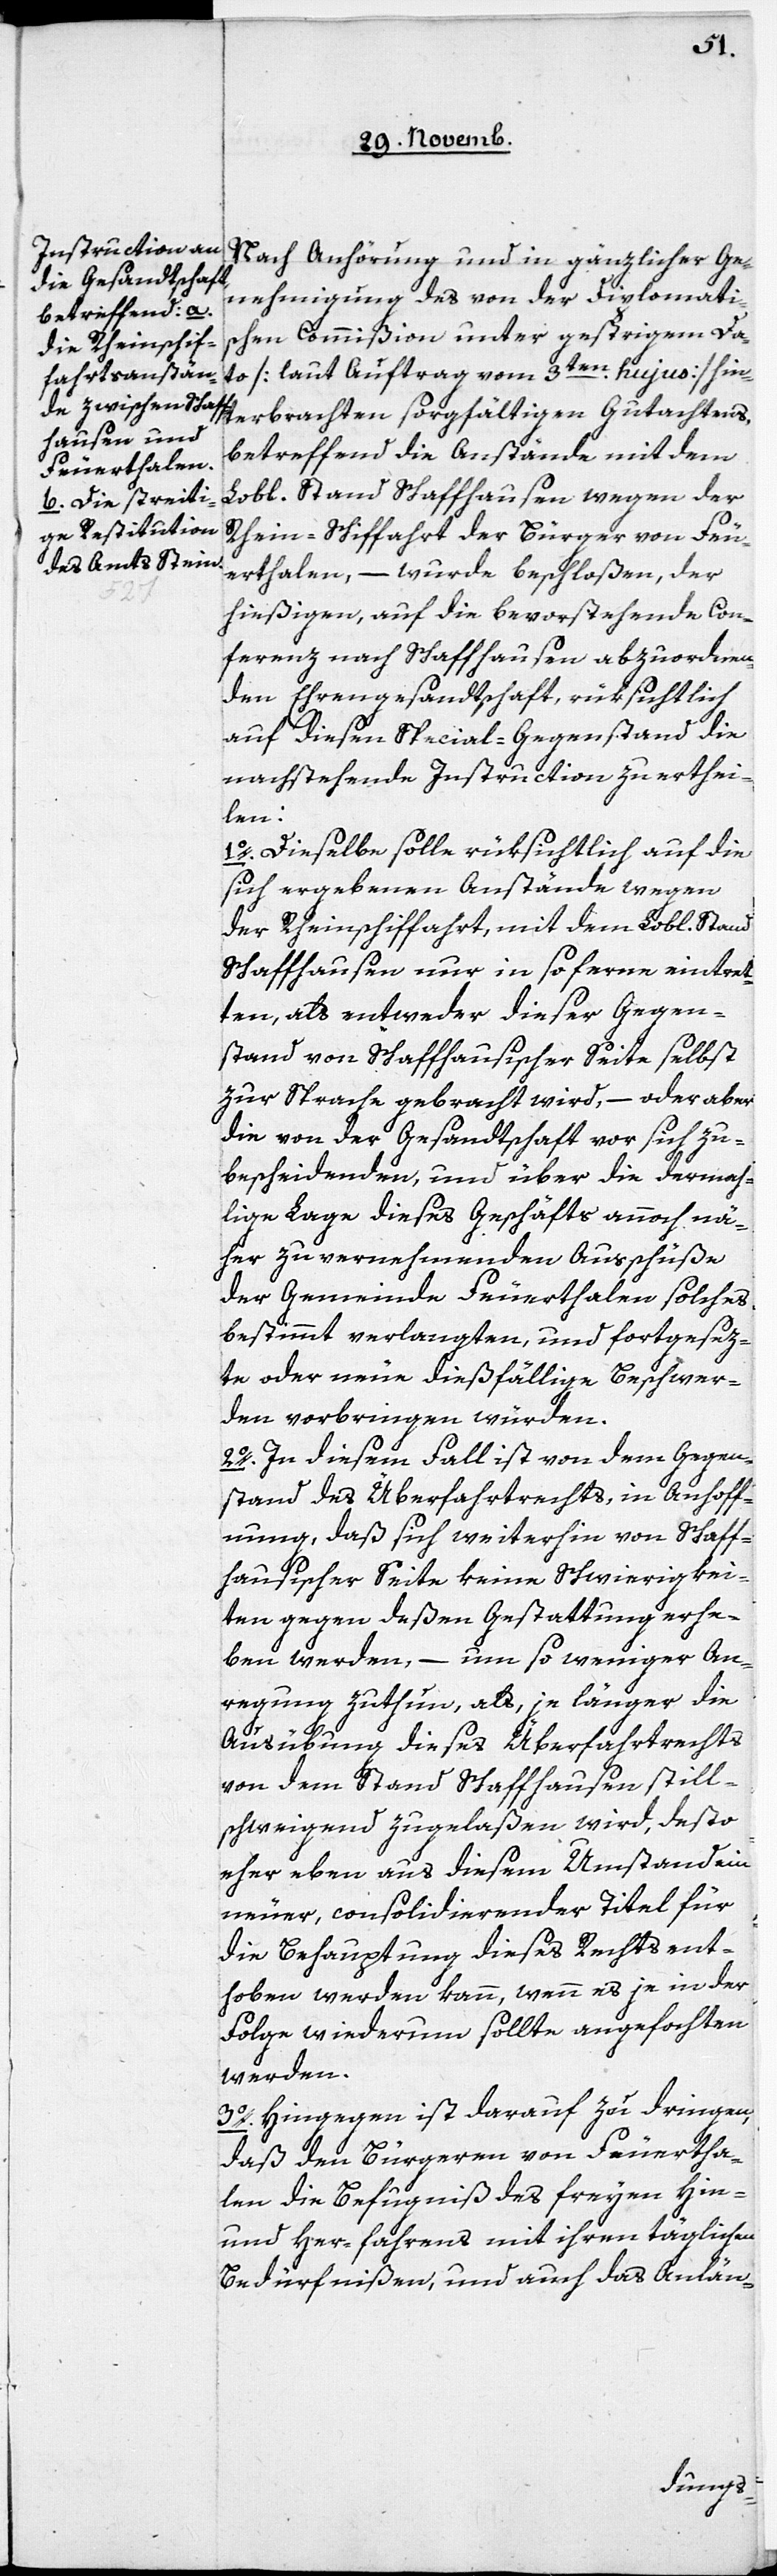
Nach Anhörung und in gänzlicher Ge¬
nehmigung des von der Diplomati¬
schen Commißion unter gestrigem Da¬
to [laut Auftrag vom 3ten. hujus] hin¬
terbrachten sorgfältigen Gutachtens,
betreffend die Anstände mit dem
Lobl. Stand Schaffhausen wegen der
Rhein-Schiffahrt der Bürger von Feu¬
erthalen, – wurde beschloßen, der
hießigen, auf die bevorstehende Con¬
ferenz nach Schaffhausen abzuordnen¬
den Ehrengesandtschaft, rüksichtlich
auf diesen Special-Gegenstand die
nachstehende Instruction zu erthei¬
len:
1. Dieselbe solle rüksichtlich auf die
sich ergebenden Anstände wegen
der Rheinschiffahrt mit dem Lobl. Stand
Schaffhausen nur insoferne eintret¬
ten, als entweder dieser Gegen¬
stand von Schaffhausischer Seite selbst
zur Sprache gebracht wird, – oder aber
die von der Gesandtschaft vor sich zu
bescheidenden, und über die dermah¬
lige Lage dieses Geschäfts annoch nä¬
her zu vernehmenden Ausschüße
der Gemeinde Feuerthalen solches
bestimmt verlangten, und fortgesetz¬
te oder neue dießfällige Beschwer¬
de vorbringen würden.
2. In diesem Fall ist von dem Gegen¬
stand des Überfahrtrechts, in Anhoff¬
nung, daß sich weiterhin von Schaff¬
hausischer Seite keine Schwierigkei¬
ten gegen deßen Gestattung erhe¬
ben werden, – um so weniger An¬
regung zuthun, als, je länger die
Ausübung dieses Überfahrtrechts
von dem Stand Schaffhausen still¬
schweigend zugelaßen wird, desto
eher eben aus diesem Umstand ein
neuer, consolidierender Titel für
die Behauptung dieses Rechts ent¬
hoben werden kann, wann es je in der
Folge wiederum sollte angefochten
werden.
3. Hingegen ist darauf zu dringen,
daß den Bürgeren von Feuertha¬
len die Befugniß des freyen Hin-
und Her-fahrens mit ihren täglichen
Bedürfnißen, und auch das Anlän-